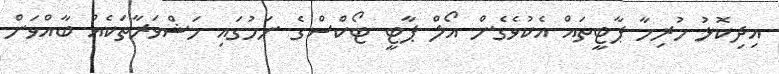
އިދިކޮޅު ހުރިހާ ޕާޓީތައް އެކުވެގެން އޯލް ޕާޓީ ޓޯކްސްގެ ނަމުގައި މަޝްވަރާތަކެއް ބާއްވަން